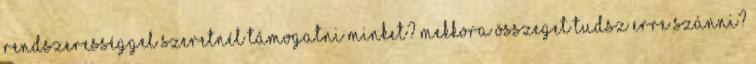
rendszerességgel szeretnél támogatni minket? Mekkora összeget tudsz erre szánni?